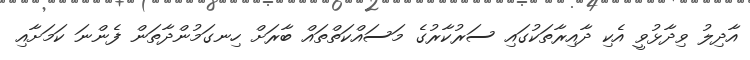
އާދިލު ވިދާޅުވީ އެކި ދާއިރާތަކުގައި ސަރުކާރުގެ މަސައްކަތްތައް ބާރަށް ހިނގަމުންދާތަން ފެންނަ ކަމަށާއި